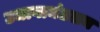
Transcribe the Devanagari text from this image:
उधागामंडलम